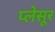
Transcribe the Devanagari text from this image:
प्लेसूर